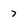
Character: 7